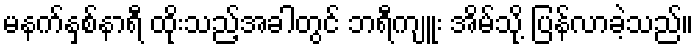
မနက်နှစ်နာရီ ထိုးသည့်အခါတွင် ဘရီကျူး အိမ်သို့ ပြန်လာခဲ့သည်။